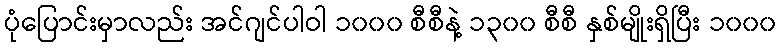
ပုံပြောင်းမှာလည်း အင်ဂျင်ပါဝါ ၁၀၀၀ စီစီနဲ့ ၁၃၀၀ စီစီ နှစ်မျိုးရှိပြီး ၁၀၀၀